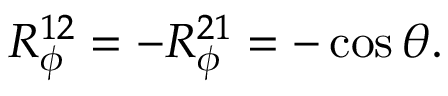
R _ { \phi } ^ { 1 2 } = - R _ { \phi } ^ { 2 1 } = - \cos \theta .